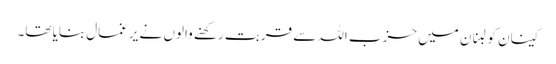
کینان کو لبنان میں حزب اللہ سے قربت رکھنے والوں نے یرغمال بنایا تھا۔